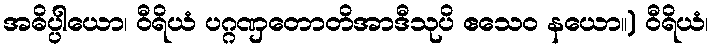
အဓိပ္ပါယော၊ ဝီရိယံ ပဂ္ဂဏှတောတိအာဒီသုပိ ဧသေဝ နယော။) ဝီရိယံ၊